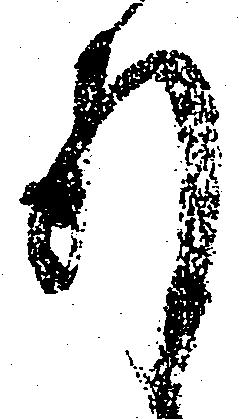
存